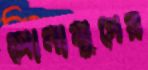
সোনামুগের